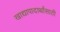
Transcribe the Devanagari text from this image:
खाद्यापादार्थांसाठी